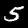
Digit: 5